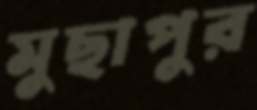
মুছাপুর